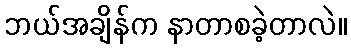
ဘယ်အချိန်က နာတာစခဲ့တာလဲ။